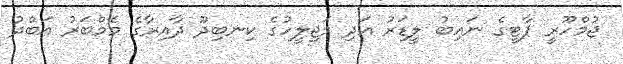
ޖުމްހޫރީ ޕާޓީގެ ނައިބު ލީޑަރު އަދި މަޖިލީހުގެ ކިނބިދޫ ދާއިރާގެ މެމްބަރު އަބްދު